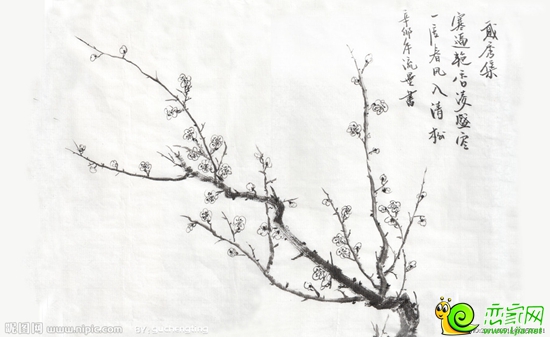
朔风如解意，容易莫摧残。